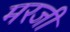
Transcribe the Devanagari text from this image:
मरजी